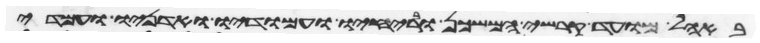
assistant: באהל מועד קרשי המשכן ובריחיו ועמודיו ואדניו ועמודי